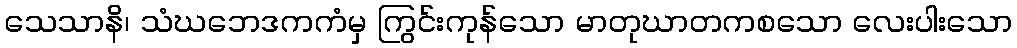
သေသာနိ၊ သံဃဘေဒကကံမှ ကြွင်းကုန်သော မာတုဃာတကစသော လေးပါးသော